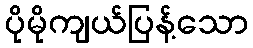
ပိုမိုကျယ်ပြန့်သော